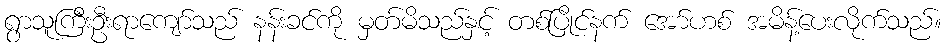
ရွာသူကြီးဦးရာကျော်သည် နန်းခင်ကို မှတ်မိသည်နှင့် တစ်ပြိုင်နက် အော်ဟစ် အမိန့်ပေးလိုက်သည်။